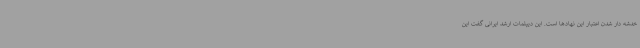
خدشه دار شدن اعتبار این نهادها است. این دیپلمات ارشد ایرانی گفت این